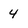
Character: 4